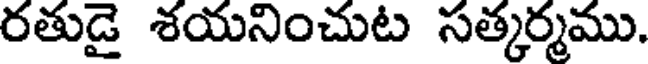
రతుడై శయనించుట సత్కర్మము.